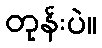
တုန်းပဲ။